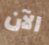
الآن